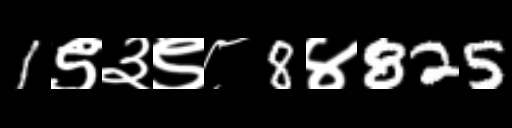
Text: 1९३९८8४825